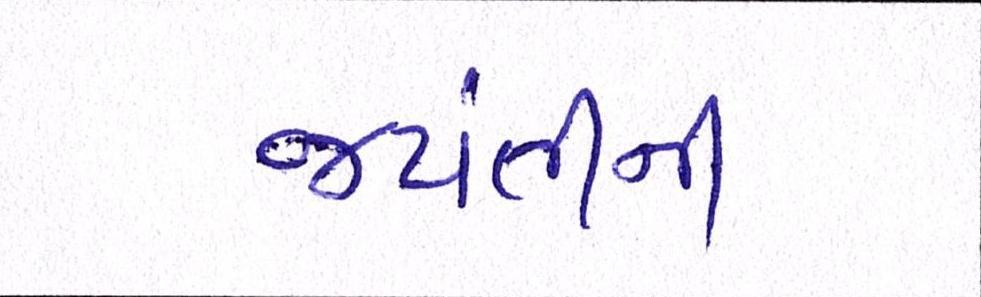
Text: જયંતીની